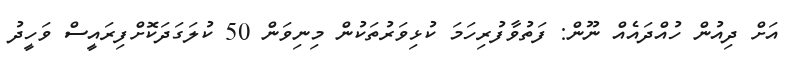
އަށް ދިއުން ހުއްދައެއް ނޫން: ފަތުވާފުރިހަމަ ކުޅިވަރުތަކުން މިނިވަން 50 ކުލަގަދަކޮށްފިރައީސް ވަހީދު